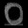
Digit: ၀